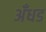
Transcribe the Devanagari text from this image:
अँधड